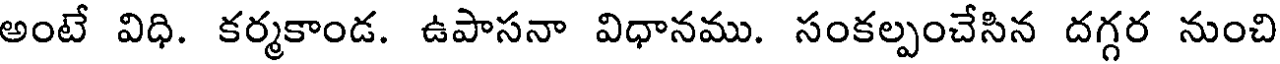
అంటే విధి. కర్మకాండ. ఉపాసనా విధానము. సంకల్పంచేసిన దగ్గర నుంచి